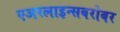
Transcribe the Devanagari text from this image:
एअरलाइन्सबरोबर